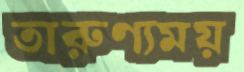
তারুণ্যময়